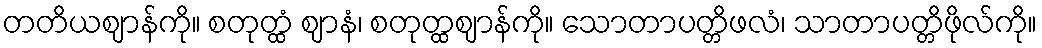
တတိယဈာန်ကို။ စတုတ္ထံ ဈာနံ၊ စတုတ္ထဈာန်ကို။ သောတာပတ္တိဖလံ၊ သာတာပတ္တိဖိုလ်ကို။